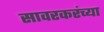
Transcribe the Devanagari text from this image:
सावरकरंच्या